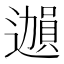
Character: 𫑊